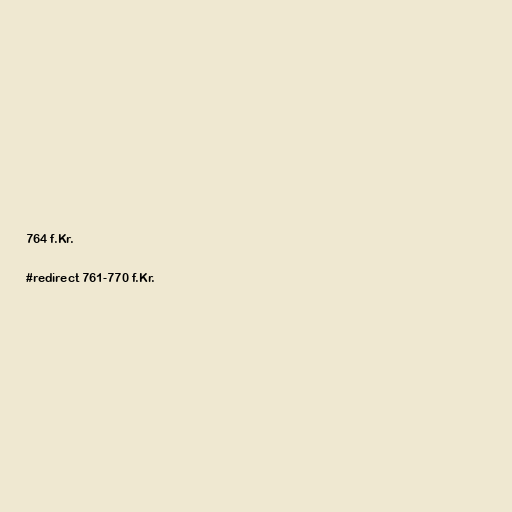
764 f.Kr.

#redirect 761-770 f.Kr.